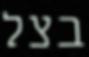
בצל